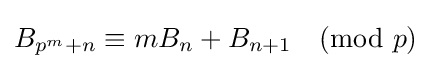
B_{p^{m}+n}\equiv mB_{n}+B_{n+1}{\pmod {p}}